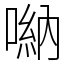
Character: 𠺶